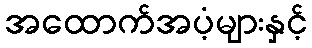
အထောက်အပံ့များနှင့်